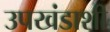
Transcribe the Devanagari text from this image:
उपखंडाशी